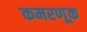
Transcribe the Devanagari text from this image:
कमरणूक